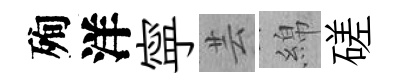
殉洋寜芸綿磋